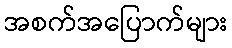
အစက်အပြောက်များ